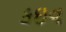
કઇવ